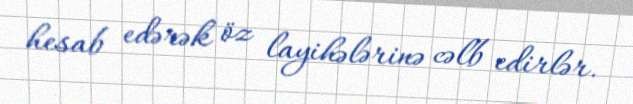
hesab edərək öz layihələrinə cəlb edirlər.